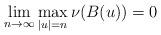
LaTeX: \begin{align*} \lim_{n \to \infty} \max_{|u|=n} \nu(B(u)) = 0 \end{align*}